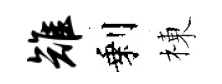
雉剩棟